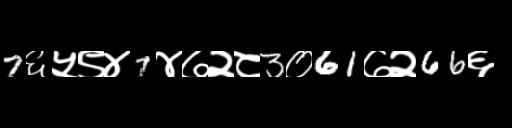
Text: 7६५९४7४७२८3०61७२66६